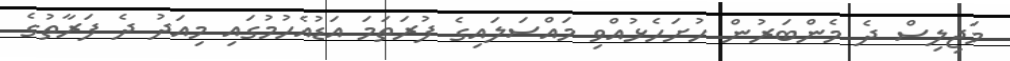
މަޖިލިސް ދެ މެންބަރުން ހުށަހެޅުއްވި މައްސަލައިގެ ފުރަތަމަ އަޑުއެހުމުގައި މިއަދު ދެ ފަރާތުގެ